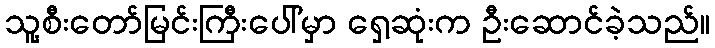
သူ့စီးတော်မြင်းကြီးပေါ်မှာ ရှေ့ဆုံးက ဦးဆောင်ခဲ့သည်။